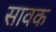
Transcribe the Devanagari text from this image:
सावक